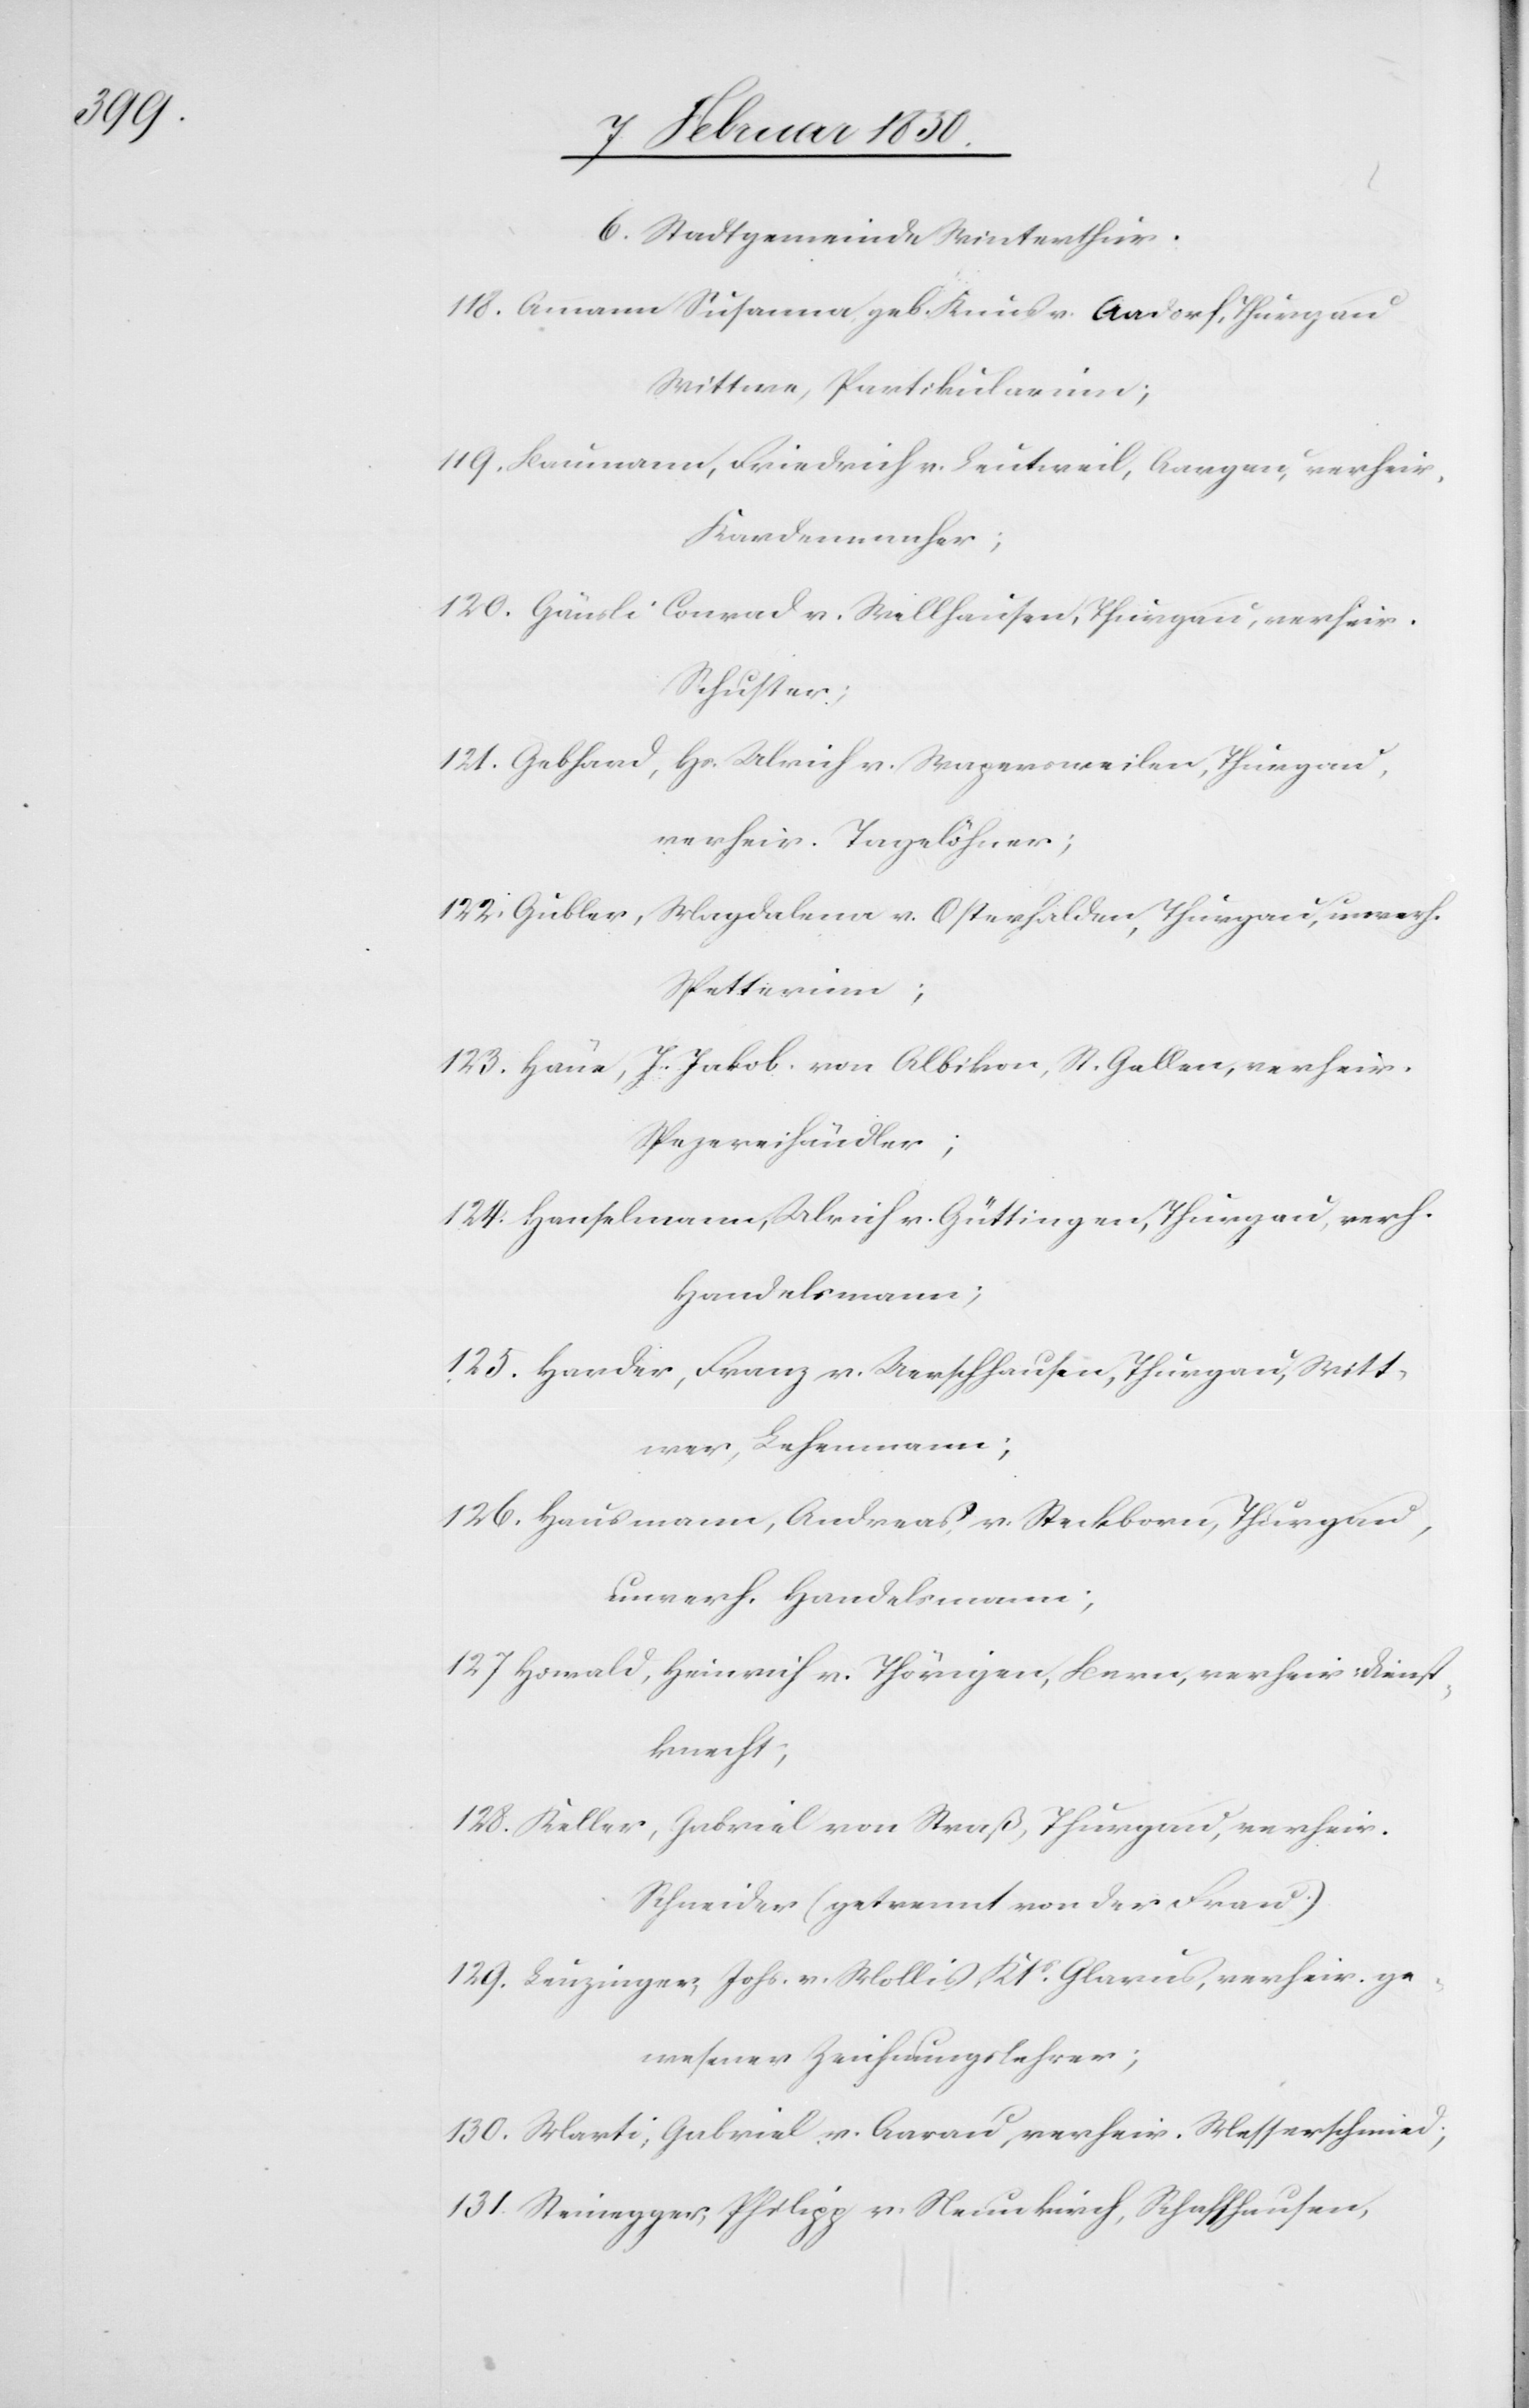
6. Stadtgemeinde Winterthur.
118. Ammann Susanna geb. Knus v. Aadorf, Thurgau
Wittwe, Partikularinn;
119. Baumann, Friedrich v. Leutweil, Aargau, verheir.
Kardenmacher;
120. Gäusli Conrad v. Willhausen, Thurgau, verheir.
Schuster;
121. Gebhard, Hs. Ulrich v. Wapersweilen, Thurgau,
verheir. Tagelöhner;
122. Gubler,
Magdalena v. Osterhalden, Thurgau, unverh.
Spetterinn;
123. Haue, J. Jakob von Albikon, St. Gallen, verheir.
Spezereihändler;
124. Hanselmann, Ulrich v. Güttingen, Thurgau, verh.
Handelsmann;
125. Harder, Franz v. Uerschhausen, Thurgau, Witt¬
wer, Lehenmann;
126. Hausmann, Andreas, v. Steckborn, Thurgau,
unverh. Handelsmann;
127 Howald, Heinrich v. Thöringen, Bern, verheir, Dienst¬
knecht;
128. Keller, Gabriel von Straß, Thurgau, verheir.
Schneider (getrennt von der Frau)
129. Leuzinger, Johs. v. Mollis, Kts Glarus, verheir. ge¬
wesener Zeichnungslehrer;
130. Marti, Gabriel v. Aarau, verheir. Messerschmied;
131. Steinegger, Philipp v. Neuenkirch, Schaffhausen,